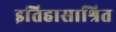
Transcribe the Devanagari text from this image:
इतिहासाश्रित